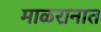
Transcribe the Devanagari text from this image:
माळरानात